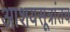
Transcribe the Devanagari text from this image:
आशयसूत्रांतच